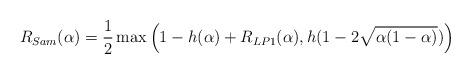
LaTeX: \begin{align*}R_{Sam}(\alpha) = {1\over2}\max\left(1-h(\alpha) + R_{LP1}(\alpha), h(1-2\sqrt{\alpha(1-\alpha)}) \right) \end{align*}